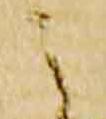
之